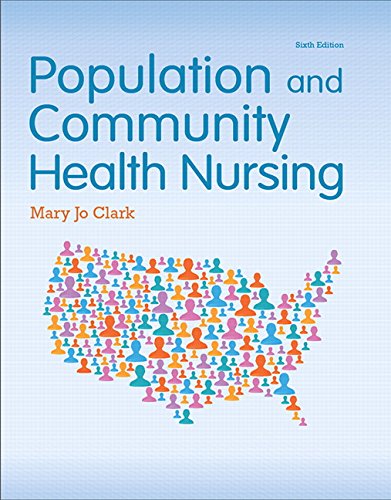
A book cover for Population and Community Health Nursing (6th Edition); Mary Jo Clark Ph.D.  RN; Medical Books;